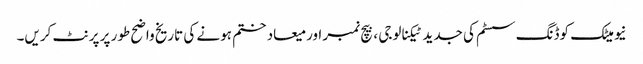
نیومیٹک کوڈنگ سسٹم کی جدید ٹیکنالوجی ، بیچ نمبر اور میعاد ختم ہونے کی تاریخ واضح طور پر پرنٹ کریں۔